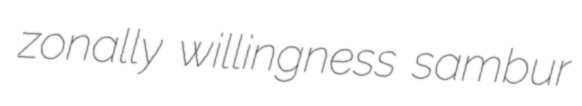
zonally willingness sambur